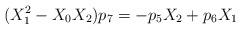
LaTeX: \begin{align*}(X_{1}^{2} - X_{0}X_{2})p_{7} = -p_{5}X_{2} + p_{6}X_{1}\end{align*}